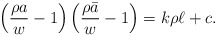
\begin{align*}\left(\frac{\rho a}{w}-1\right)\left(\frac{\rho\bar{a}}{w}-1\right)=k\rho\ell+c.\end{align*}